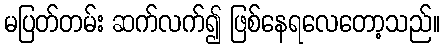
မပြတ်တမ်း ဆက်လက်၍ ဖြစ်နေရလေတော့သည်။